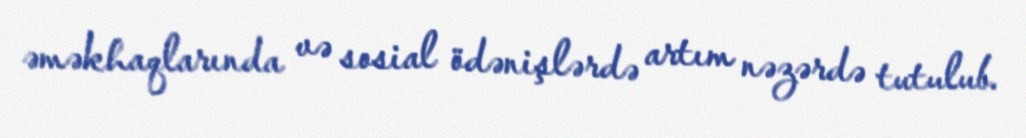
əməkhaqlarında və sosial ödənişlərdə artım nəzərdə tutulub.